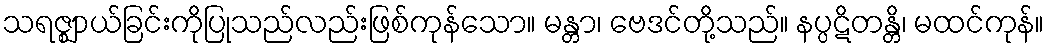
သရဇ္ဈာယ်ခြင်းကိုပြုသည်လည်းဖြစ်ကုန်သော။ မန္တာ၊ ဗေဒင်တို့သည်။ နပ္ပဋိတန္တိ၊ မထင်ကုန်။